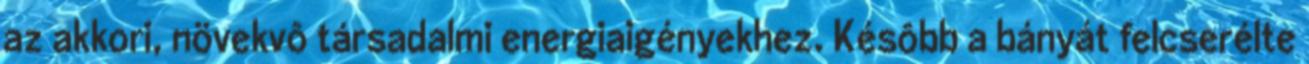
az akkori, növekvô társadalmi energiaigényekhez. Késôbb a bányát felcserélte